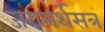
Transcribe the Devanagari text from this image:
जरामर्थसत्रं